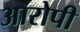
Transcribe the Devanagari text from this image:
अारोपी